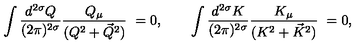
\int \frac { d ^ { 2 \sigma } Q } { ( 2 \pi ) ^ { 2 \sigma } } \frac { Q _ { \mu } } { ( Q ^ { 2 } + \vec { Q } ^ { 2 } ) } \ = 0 , \qquad \int \frac { d ^ { 2 \sigma } K } { ( 2 \pi ) ^ { 2 \sigma } } \frac { K _ { \mu } } { ( K ^ { 2 } + \vec { K } ^ { 2 } ) } \ = 0 ,